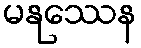
မနုဿေန